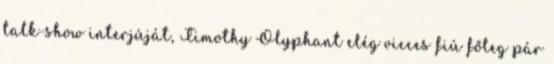
talk-show interjúját, Timothy Olyphant elég vicces fiú főleg pár